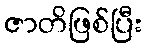
ဇာတိဖြစ်ပြီး